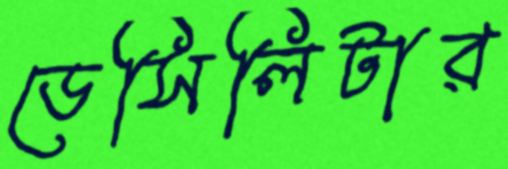
ডেসিলিটার